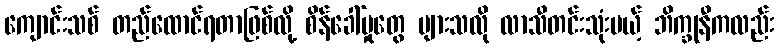
ကျောင်းသစ် တည်ထောင်ရတာဖြစ်လို့ စိန်ခေါ်မှုတွေ များသလို လာသီတင်းသုံးမယ့် ဘိက္ခုနီကလည်း